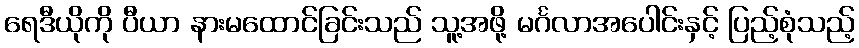
ရေဒီယိုကို ပီယာ နားမထောင်ခြင်းသည် သူ့အဖို့ မင်္ဂလာအပေါင်းနှင့် ပြည့်စုံသည့်